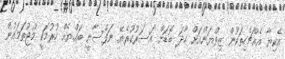
އެކިޔާ އެއްޗެހިތަކުން ޒިވްޔަންއަށް ހާދަ ބޮޑަށް އަސަރުކުރެޔޭ ނަފްސާނީ ބައްޔެއް ހުރުމަކީ މުޖުތަމައުން